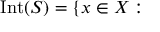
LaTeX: { \mathrm { I n t } } ( S ) = \{ x \in X :